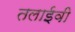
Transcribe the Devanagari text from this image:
तलाईवी